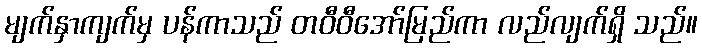
မျက်နှာကျက်မှ ပန်ကာသည် တဝီဝီအော်မြည်ကာ လည်လျက်ရှိ သည်။